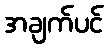
အချက်ပင်